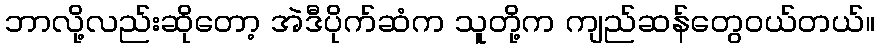
ဘာလို့လည်းဆိုတော့ အဲဒီပိုက်ဆံက သူတို့က ကျည်ဆန်တွေဝယ်တယ်။